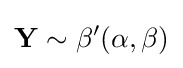
\mathbf {Y} \sim \beta '(\alpha ,\beta )